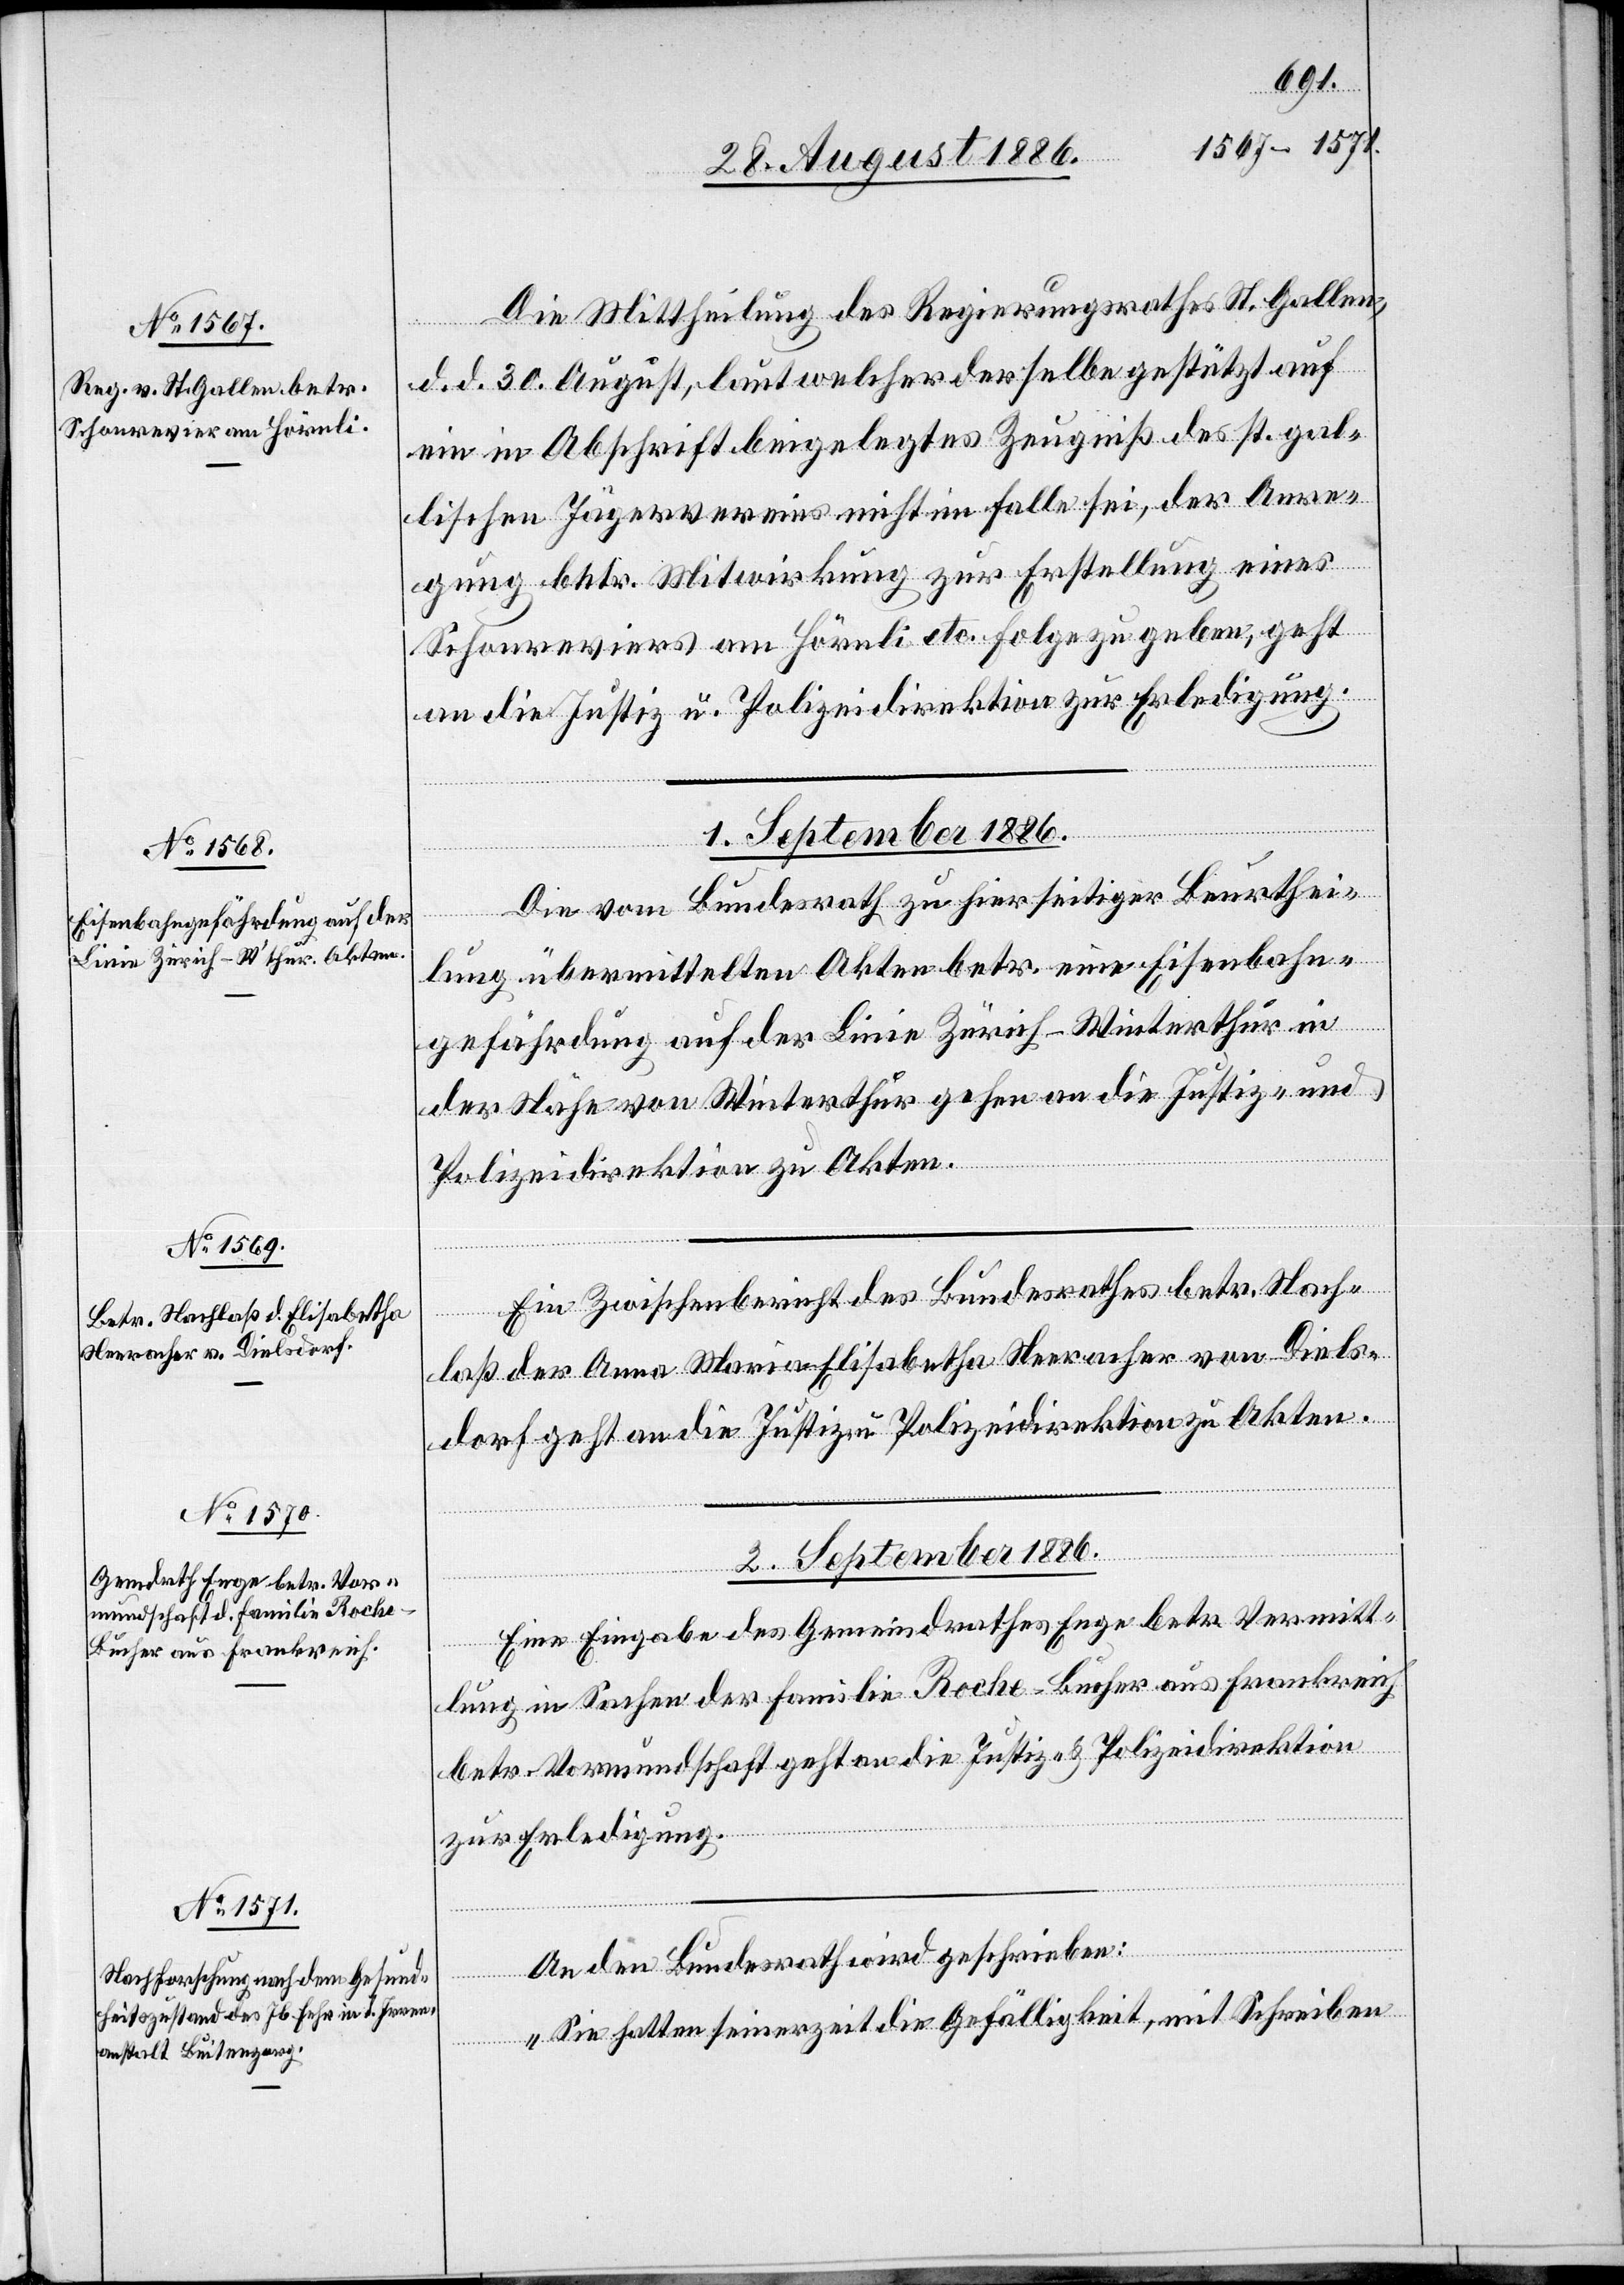
31. August 1886.]
Die Mittheilung des Regierungsrathes St. Gallen,
d. d. 30. August, laut welcher derselbe gestützt auf
ein in Abschrift beigelegtes Zeugniß des st. gal¬
lischen Jägervereins nicht im Falle sei, der Anre¬
gung betr. Mitwirkung zur Erstellung eines
Schonreviers am Hörnli etc. Folge zu geben, geht
an die Justiz- u. Polizeidirektion zur Erledigung.
1. September 1886.]
Die vom Bundesrath zu hierseitiger Beurthei¬
lung übermittelten Akten betr. eine Eisenbahn¬
gefährdung auf der Linie Zürich–Winterthur in
der Nähe von Winterthur gehen an die Justiz- und
Polizeidirektion zu Akten.
Ein Zwischenbericht des Bundesrathes betr. Nach¬
laß der Anna Maria Elisabetha Neeracher von Diels¬
dorf geht an die Justiz- u. Polizeidirektion zu Akten.
2. September 1886.]
Eine Eingabe des Gemeindrathes Enge betr. Vermitt¬
lung in Sachen der Familie Roche-Bucher aus Frankreich
betr. Vormundschaft geht an die Justiz- & Polizeidirektion
zur Erledigung.
An den Bundesrath wird geschrieben:
„Sie hatten seinerzeit die Gefälligkeit, mit Schreiben